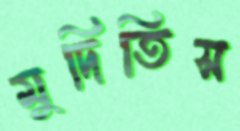
মুদিতিস